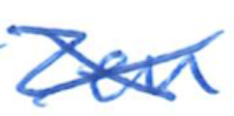
Text: Zen
Cross-out: cross
Writing tool: ballpoint